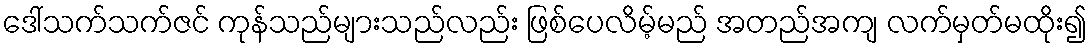
ဒေါ်သက်သက်ဇင် ကုန်သည်များသည်လည်း ဖြစ်ပေလိမ့်မည် အတည်အကျ လက်မှတ်မထိုး၍